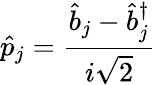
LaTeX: \hat{p}_{j}=\frac{\hat{b}_{j}-\hat{b}_{j}^{\dagger}}{i\sqrt{2}}